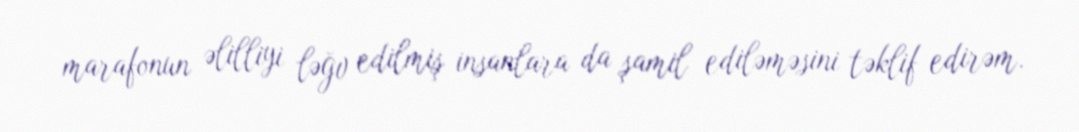
marafonun əlilliyi ləğv edilmiş insanlara da şamil ediləməsini təklif edirəm.